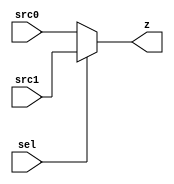
module mux2to1_32 (sel, src0, src1, z);
  
  input sel;
  input [31:0] src0;
  input [31:0] src1;
  output reg [31:0] z;

  always @(sel or src0 or src1)
      begin
        if (sel == 1'b0) z <= src0;
        else z <= src1;
      end
   
endmodule